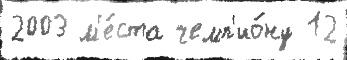
2003 м'е́ста чемп'ио́ну 12